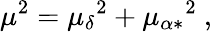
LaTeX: \mu^{2}={\mu_{\delta}}^{2}+{\mu_{\alpha\ast}}^{2}\ ,